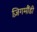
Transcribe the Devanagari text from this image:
ज़िगमौंडी